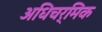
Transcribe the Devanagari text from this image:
अधिचर्मिक